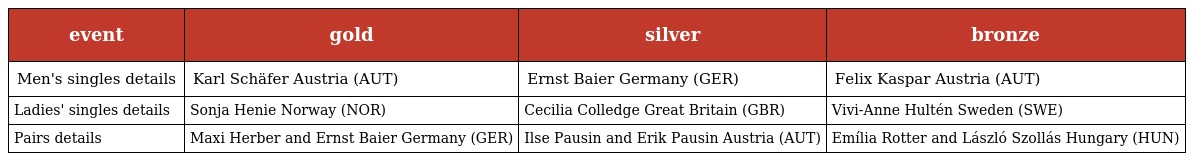
| event | gold | silver | bronze |
 | --- | --- | --- | --- |
 | Men's singles details | Karl Schäfer Austria (AUT) | Ernst Baier Germany (GER) | Felix Kaspar Austria (AUT) |
 | Ladies' singles details | Sonja Henie Norway (NOR) | Cecilia Colledge Great Britain (GBR) | Vivi-Anne Hultén Sweden (SWE) |
 | Pairs details | Maxi Herber and Ernst Baier Germany (GER) | Ilse Pausin and Erik Pausin Austria (AUT) | Emília Rotter and László Szollás Hungary (HUN) |